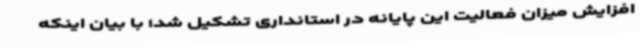
افزایش میزان فعالیت این پایانه در استانداری تشکیل شد؛ با بیان اینکه